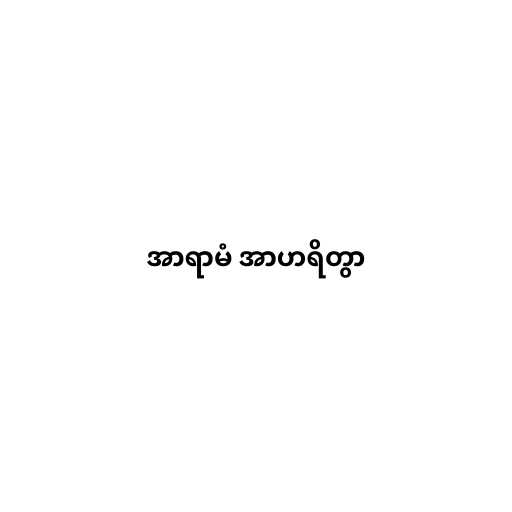
အာရာမံ အာဟရိတွာ